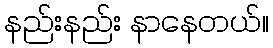
နည်းနည်း နာနေတယ်။